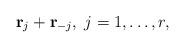
LaTeX: \begin{align*}{\bf r}_j+{\bf r}_{-j},\; j=1,\ldots,r,\end{align*}